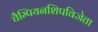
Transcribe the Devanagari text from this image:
चैम्पियनशिपविजेता